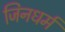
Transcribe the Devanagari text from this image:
जिनधर्म